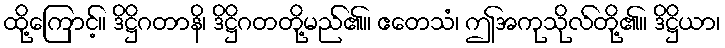
ထို့ကြောင့်။ ဒိဋ္ဌိဂတာနိ၊ ဒိဋ္ဌိဂတတို့မည်၏။ ဧတေသံ၊ ဤအကုသိုလ်တို့၏။ ဒိဋ္ဌိယာ၊